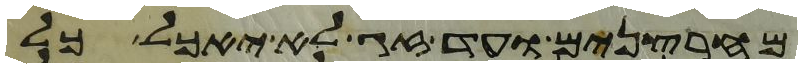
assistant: מחרצנים ועד זג לא יאכל כל